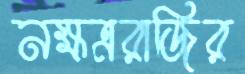
নক্ষত্ররাজির